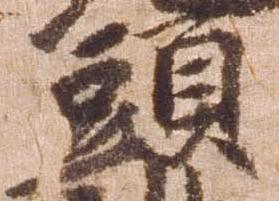
頭